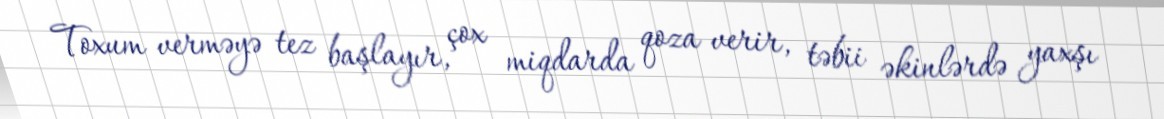
Toxum verməyə tez başlayır, çox miqdarda qoza verir, təbii əkinlərdə yaxşı